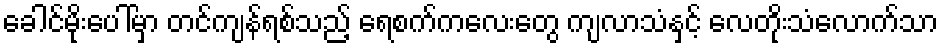
ခေါင်မိုးပေါ်မှာ တင်ကျန်ရစ်သည့် ရေစက်ကလေးတွေ ကျလာသံနှင့် လေတိုးသံလောက်သာ